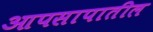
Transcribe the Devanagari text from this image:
आपसापातील